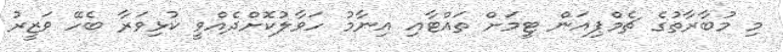
މި މުބާރާތުގެ ޗެމްޕިއަން ޓީމަށް ތައްޓާއި އިނާމު ހަވާލުކޮށްދެއްވީ ކުޅިވަރާ ބެހޭ ވަޒީރު